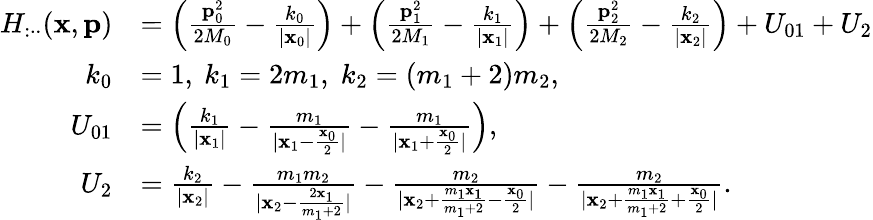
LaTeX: \begin{array}{rl}{H_{:\cdot\cdot}(\mathbf{x},\mathbf{p})}&{=\left(\frac{\mathbf{p}_{0}^{2}}{2M_{0}}-\frac{k_{0}}{|\mathbf{x}_{0}|}\right)+\left(\frac{\mathbf{p}_{1}^{2}}{2M_{1}}-\frac{k_{1}}{|\mathbf{x}_{1}|}\right)+\left(\frac{\mathbf{p}_{2}^{2}}{2M_{2}}-\frac{k_{2}}{|\mathbf{x}_{2}|}\right)+U_{01}+U_{2}}\\ {k_{0}}&{=1,\ k_{1}=2m_{1},\; k_{2}=(m_{1}+2)m_{2},}\\ {U_{01}}&{=\left(\frac{k_{1}}{|\mathbf{x}_{1}|}-\frac{m_{1}}{|\mathbf{x}_{1}-\frac{\mathbf{x}_{0}}{2}|}-\frac{m_{1}}{|\mathbf{x}_{1}+\frac{\mathbf{x}_{0}}{2}|}\right),}\\ {U_{2}}&{=\frac{k_{2}}{|\mathbf{x}_{2}|}-\frac{m_{1}m_{2}}{|\mathbf{x}_{2}-\frac{2\mathbf{x}_{1}}{m_{1}+2}|}-\frac{m_{2}}{|\mathbf{x}_{2}+\frac{m_{1}\mathbf{x}_{1}}{m_{1}+2}-\frac{\mathbf{x}_{0}}{2}|}-\frac{m_{2}}{|\mathbf{x}_{2}+\frac{m_{1}\mathbf{x}_{1}}{m_{1}+2}+\frac{\mathbf{x}_{0}}{2}|}.}\end{array}